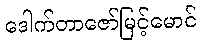
ဒေါက်တာဇော်မြင့်မောင်